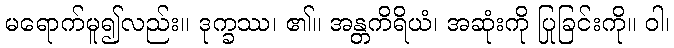
မရောက်မူ၍လည်း။ ဒုက္ခဿ၊ ၏။ အန္တကိရိယံ၊ အဆုံးကို ပြုခြင်းကို။ ဝါ၊